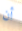
أن